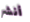
أنشر